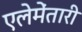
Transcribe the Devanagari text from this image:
एलेमेंतारी